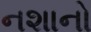
નશાનો